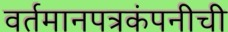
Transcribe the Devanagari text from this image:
वर्तमानपत्रकंपनीची